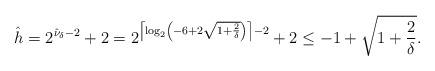
LaTeX: \begin{align*}\hat h = 2^{\hat \nu_\delta - 2} + 2 = 2^{ \left\lceil \log_2 \left (-6+2\sqrt{1+\frac2\delta} \right) \right \rceil -2 } + 2 \le -1 + \sqrt{1+\frac{2}\delta}.\end{align*}